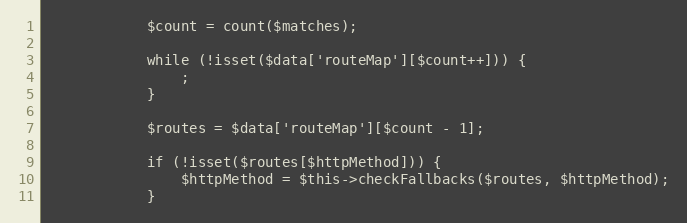
Language: PHP
            $count = count($matches);

            while (!isset($data['routeMap'][$count++])) {
                ;
            }

            $routes = $data['routeMap'][$count - 1];

            if (!isset($routes[$httpMethod])) {
                $httpMethod = $this->checkFallbacks($routes, $httpMethod);
            }